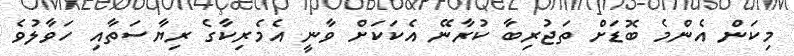
މިކަން އެންމެ ބޮޑަށް ތަޖުރިބާ ކުރާނޭ އެކަކަށް ވާނީ އެމެރިކާގެ ރިޔާސަތާއި ހަވާލުވެ